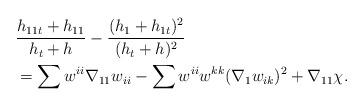
LaTeX: \begin{align*}&\frac{h_{11t}+ h_{11}}{h_{t}+h}-\frac{( h_{1}+h_{1t})^{2}}{(h_{t}+ h)^{2}}\\&=\sum w^{ii}\nabla_{11}w_{ii}-\sum w^{ii}w^{kk}(\nabla_{1}w_{ik})^{2}+\nabla_{11}\chi.\end{align*}